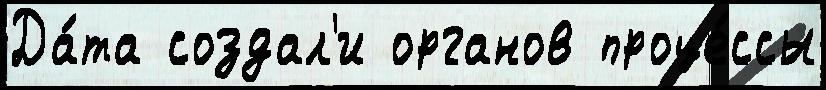
Да́та создал'и органов проце́ссы